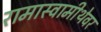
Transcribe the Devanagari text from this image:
रामास्वामीथेवर